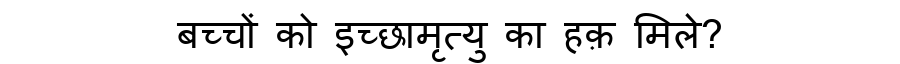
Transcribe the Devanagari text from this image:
बच्चों को इच्छामृत्यु का हक़ मिले?